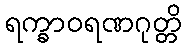
ရက္ခာဝရဏဂုတ္တိ